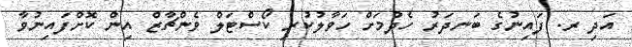
އަދި ރ. ފައިނުގެ ބަނދަރު ހެދުމަށް ހަވާލުކުރި ކޯސްޓަލް ވެންޗާޒް އިން ކޮށްފައިނުވާ